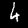
Label: 6